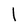
Character: l